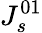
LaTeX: J_{s}^{01}